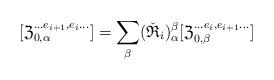
LaTeX: \begin{align*}[\mathfrak Z^{\ldots e_{i+1},e_{i}\ldots}_{0,\alpha}]=\sum_\beta(\check {\mathfrak R}_i)_{\alpha}^{\beta} [\mathfrak Z^{\ldots e_{i},e_{i+1}\ldots}_{0,\beta}]\end{align*}